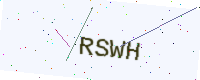
Text: RSWH